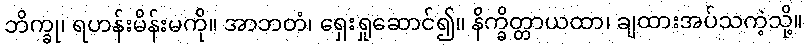
ဘိက္ခု၊ ရဟန်းမိန်းမကို။ အာဘတံ၊ ရှေးရှုဆောင်၍။ နိက္ခိတ္တာယထာ၊ ချထားအပ်သကဲ့သို့။